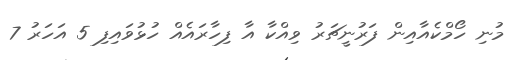
މުނި ހޯމްކެއާއިން ފަރުނީޗަރު ވިއްކާ އާ ފިހާރައެއް ހުޅުވައިފި 5 އަހަރު 7